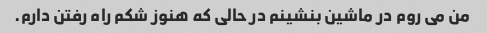
من می روم در ماشین بنشینم در حالی که هنوز شکم راه رفتن دارم.